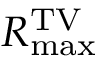
R _ { \operatorname* { m a x } } ^ { \mathrm { T V } }